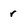
Character: r